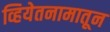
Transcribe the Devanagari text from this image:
व्हियेतनामातून